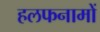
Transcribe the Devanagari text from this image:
हलफनामों